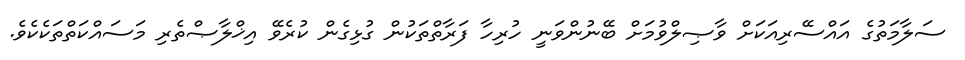
ސަލާމަތުގެ އައްސޭރިއަކަށް ވާޞިލްވުމަށް ބޭނުންވަނީ ހުރިހާ ފަރާތްތަކުން ގުޅިގެން ކުރެވޭ އިޚްލާޞްތެރި މަސައްކަތްތަކެކެވެ.